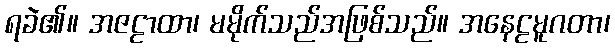
ရခဲ၏။ အဇဠာထာ၊ မမိုက်သည်အဖြစ်သည်။ အနေဠမူဂတာ၊